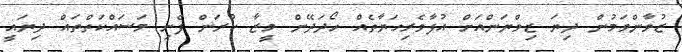
ޒުވާންވަމުން ދިޔަ ޒިވްޔަންއަށް އުފާވެރިހަޔާތެއް ހޯދަދޭން މީޒާ ކުރަން ފެށި މަސައްކަތްތައް ދިޔައީ